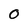
Character: 0